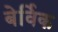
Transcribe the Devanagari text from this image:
बेर्विक